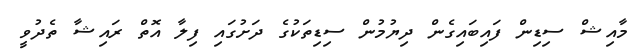
މާއިޝް ސިޑިން ފައިބައިގެން ދިޔުމުން ސިޑިތަކުގެ ދަށުގައި ފިލާ އޮތް ރައިޝާ ތެދުވީ